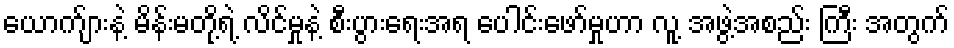
ယောက်ျားနဲ့ မိန်းမတို့ရဲ့ လိင်မှုနဲ့ စီးပွားရေးအရ ပေါင်းဖော်မှုဟာ လူ့ အဖွဲ့အစည်း ကြီး အတွက်